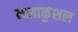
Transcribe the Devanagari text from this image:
कलाकुशल